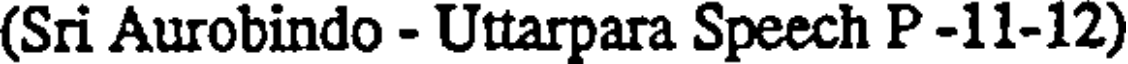
(Sri Aurobindo - Uttarpara Speech P -11-12)